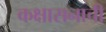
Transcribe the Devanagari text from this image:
कक्षासनाची